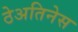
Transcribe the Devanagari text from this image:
ठेअतिनेस